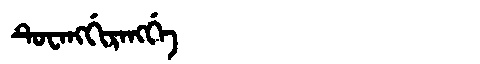
Manchu: ᡨᡠᠸᠠᠩᡤᡳᡵᠠᠩᡤᡝ
Romanization: TUWANGGIRANGGE